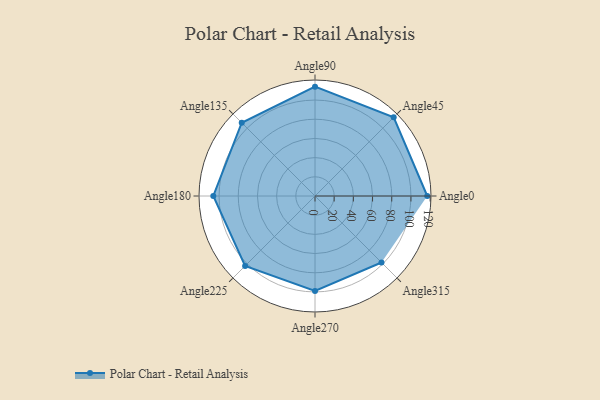
{"axis": {"x": "Angle", "y": "Radius"}, "legend": [""], "data": [{"x": "Angle0", "y": 117.0, "type": ""}, {"x": "Angle45", "y": 116.0, "type": ""}, {"x": "Angle90", "y": 114.0, "type": ""}, {"x": "Angle135", "y": 108.0, "type": ""}, {"x": "Angle180", "y": 106.0, "type": ""}, {"x": "Angle225", "y": 103.0, "type": ""}, {"x": "Angle270", "y": 99.0, "type": ""}, {"x": "Angle315", "y": 98.0, "type": ""}]}